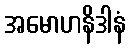
အမောဟနိဒါနံ